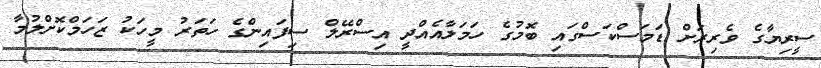
ސީރިޔާގެ ވެރިރަށް ޑަމަސްކަސްގައި ބޮމުގެ ހަމަލާއެއްދީ އިސްރޭލް ސިފައިންގެ ހަތަރު މީހަކު ޒަހަމްކޮށްލުމާ